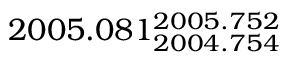
2 0 0 5 . 0 8 1 _ { 2 0 0 4 . 7 5 4 } ^ { 2 0 0 5 . 7 5 2 }